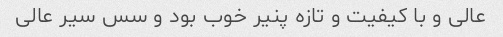
عالی و با کیفیت و تازه پنیر خوب بود و سس سیر عالی